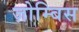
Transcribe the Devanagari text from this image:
ज़ोम्बिस